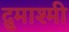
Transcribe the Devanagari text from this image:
द्रुमाश्मी